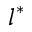
l ^ { * }